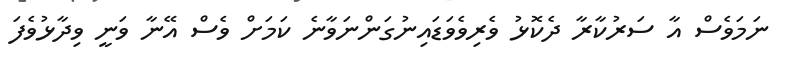
ނަމަވެސް އާ ސަރުކާރާ ދެކޮޅު ވެރިވެވަޑައިނުގަންނަވާނެ ކަމަށް ވެސް އޭނާ ވަނީ ވިދާޅުވެފަ